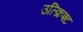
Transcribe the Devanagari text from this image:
उत्क्रिश्ट